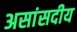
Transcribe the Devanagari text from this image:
असांसदीय